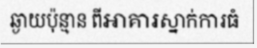
ឆ្ងាយប៉ុន្មាន ពីអាគារស្នាក់ការធំ